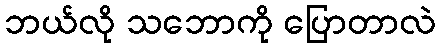
ဘယ်လို သဘောကို ပြောတာလဲ